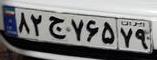
۸۲ج۷۶۵۷۹